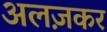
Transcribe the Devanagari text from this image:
अलज़कर